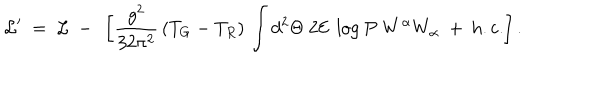
{ \cal L } ^ { \prime } \ = \ { \cal L } \ - \ \left[ \frac { g ^ { 2 } } { 3 2 \pi ^ { 2 } } \, ( T _ { G } - T _ { R } ) \, \int d ^ { 2 } \Theta ~ 2 { \cal E } ~ \log P ~ W ^ { \alpha } W _ { \alpha } \ + \ \mathrm { h . c . } \right] .